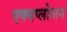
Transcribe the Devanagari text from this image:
एक्सप्लोजन